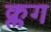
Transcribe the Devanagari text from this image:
क्लग